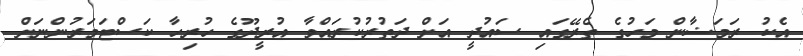
އެކު ރަމަޟާން މަހުގެ ތެރޭގައި ސައުދީ އަށް ދަތުރުކުރައްވާ އުރީދޫގެ ހުރިހާ ކަސްޓަމަރުންނަށް